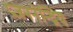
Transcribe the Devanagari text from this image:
प्रजननेन्द्रिय